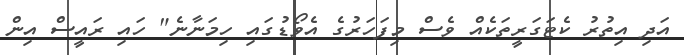
އަދި އިތުރު ކެޓަގަރީތަކެއް ވެސް މިފަހަރުގެ އެވޯޑުގައި ހިމަނާނެ" ހައި ރައީސް އިން